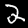
Digit: 2